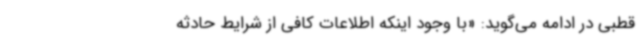
قطبی در ادامه می‌گوید: «با وجود اینکه اطلاعات کافی از شرایط حادثه